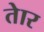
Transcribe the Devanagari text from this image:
तेार